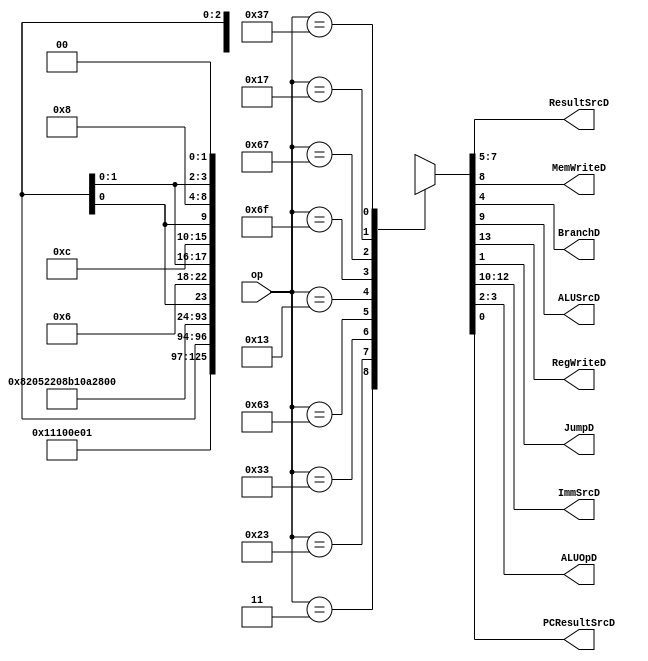
module maindec (
	op,
	ResultSrcD,
	MemWriteD,
	BranchD,
	ALUSrcD,
	RegWriteD,
	JumpD,
	ImmSrcD,
	ALUOpD,
	PCResultSrcD
);
	input wire [6:0] op;
	output wire [2:0] ResultSrcD;
	output wire MemWriteD;
	output wire BranchD;
	output wire ALUSrcD;
	output wire RegWriteD;
	output wire JumpD;
	output wire [2:0] ImmSrcD;
	output wire [1:0] ALUOpD;
	output wire PCResultSrcD;
	reg [13:0] controls;
	assign {RegWriteD, ImmSrcD, ALUSrcD, MemWriteD, ResultSrcD, BranchD, ALUOpD, JumpD, PCResultSrcD} = controls;
	always @(*)
		case (op)
			7'b0000011: controls = 14'b10001000100000; //load
			7'b0100011: controls = 14'b00011100000000; //store
			7'b0110011: controls = 14'b1xxx0000001000; //R-Type
			7'b1100011: controls = 14'b00100000010100; //branch
			7'b0010011: controls = 14'b10001000001000; //I-Type
			7'b1101111: controls = 14'b10110001000010; //jal
			7'b1100111: controls = 14'b10001001000011; //jalr
			7'b0010111: controls = 14'b1100x00110xx00; //auip
			7'b0110111: controls = 14'b1100x01000xx00; //lui
			default: controls = 14'bxxxxxxxxxxxxxx;
		endcase
endmodule